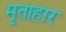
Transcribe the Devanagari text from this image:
मृताहार